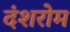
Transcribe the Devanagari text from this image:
दंशरोम